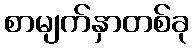
စာမျက်နှာတစ်ခု